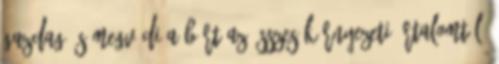
gazdag és megvédi a bőrt az összes környezeti ártalomtól.